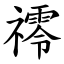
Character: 鿅